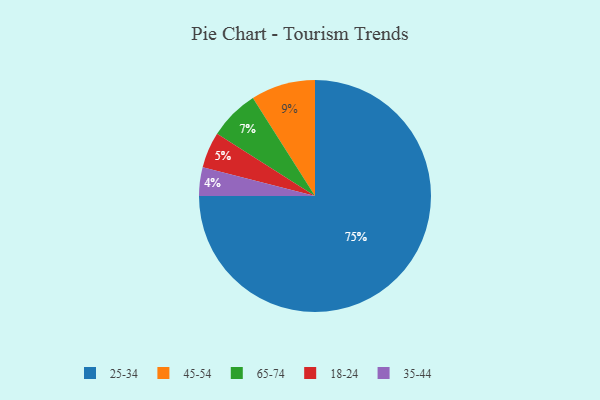
{"axis": {"x": "Category", "y": "Percentage"}, "legend": ["18-24", "25-34", "35-44", "45-54", "65-74"], "data": [{"x": "35-44", "y": 4, "type": "35-44"}, {"x": "25-34", "y": 75, "type": "25-34"}, {"x": "18-24", "y": 5, "type": "18-24"}, {"x": "45-54", "y": 9, "type": "45-54"}, {"x": "65-74", "y": 7, "type": "65-74"}]}